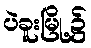
ပဲခူးမြို့၌